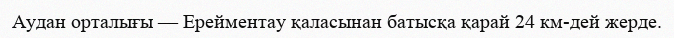
Аудан орталығы — Ерейментау қаласынан батысқа қарай 24 км-дей жерде.